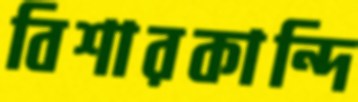
বিশারকান্দি